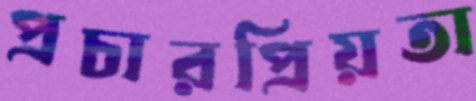
প্রচারপ্রিয়তা